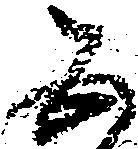
五